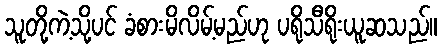
သူတို့ကဲ့သို့ပင် ခံစားမိလိမ့်မည်ဟု ပရိုသီရိုးယူဆသည်။